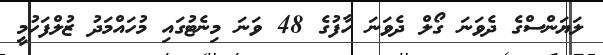
ލަޔަންސްގެ ދެވަނަ ގޯލް ދެވަނަ ހާފުގެ 48 ވަނަ މިނެޓުގައި މުހައްމަދު ޒުލްފަހުމީ